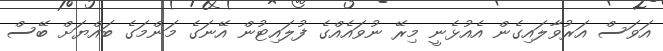
އަވަސް އަރުވާލައިގެން އެއުޅެނީ މިރޭ ނުވައެއްގެ ފުލައިޓުން އޭނަގެ މަންމަގެ ބައްޔަށް ބޭސް